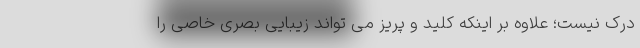
درک نیست؛ علاوه بر اینکه کلید و پریز می تواند زیبایی بصری خاصی را